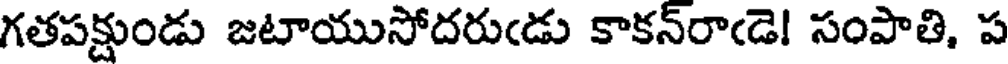
గతపక్షుండు జటాయుసోదరుఁడు కాకన్రాఁడె! సంపాతి, ప